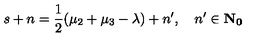
s + n = \frac { 1 } { 2 } ( \mu _ { 2 } + \mu _ { 3 } - \lambda ) + n ^ { \prime } , \quad n ^ { \prime } \in \bf { N } _ { 0 }